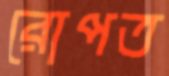
রোপত